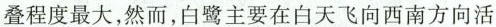
叠程度最大，然而，白鹭主要在白天飞向西南方向活